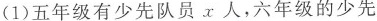
(1) 五年级有少先队员x人，六年级的少先